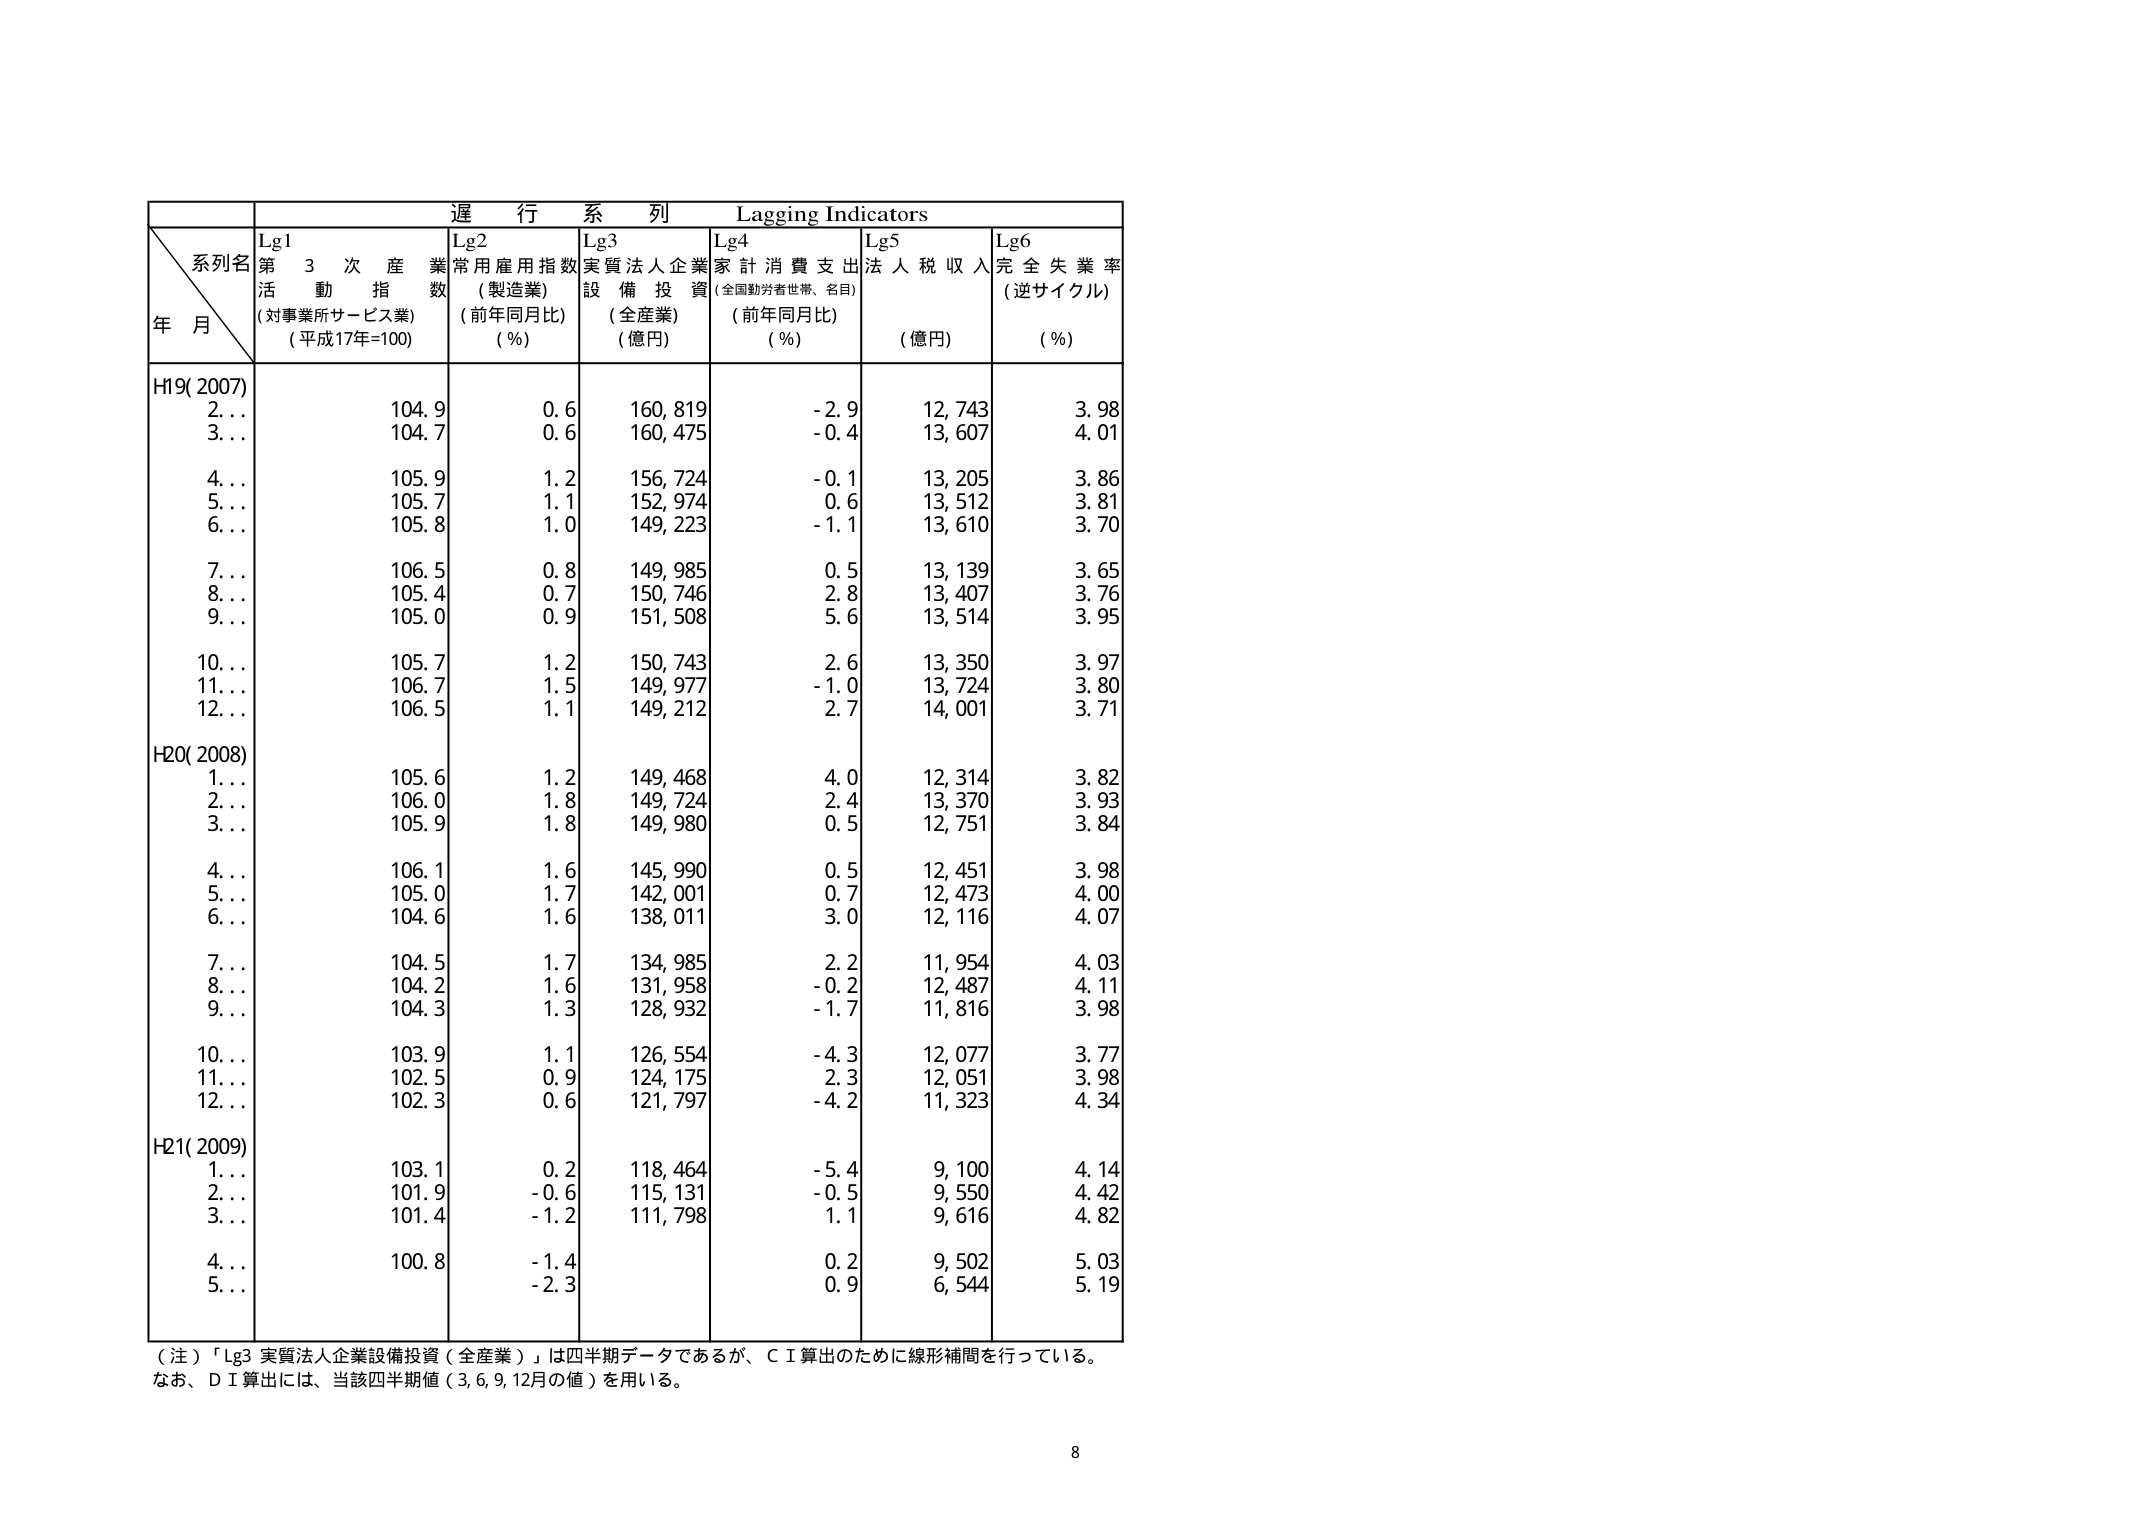
遅行系列 Lagging Indicators
系列名
年月
Lg1 第3次産業活動指数 (対事業所サービス業) (平成17年=100)
Lg2 常用雇用指数 (製造業) (前年同月比) (%)
Lg3 実質法人企業設備投資 (全産業) (億円)
Lg4 家計消費支出 (全国勤労者世帯、名目) (前年同月比) (%)
Lg5 法人税収入 (億円)
Lg6 完全失業率 (逆サイクル) (%)
H19(2007)
2… 104.9 0.6 160,819 -2.9 12,743 3.98
3… 104.7 0.6 160,475 -0.4 13,607 4.01
4… 105.9 1.2 156,724 -0.1 13,205 3.86
5… 105.7 1.1 152,974 0.6 13,512 3.81
6… 105.8 1.0 149,223 -1.1 13,610 3.70
7… 106.5 0.8 149,985 0.5 13,139 3.65
8… 105.4 0.7 150,746 2.8 13,407 3.76
9… 105.0 0.9 151,508 5.6 13,514 3.95
10… 105.7 1.2 150,743 2.6 13,350 3.97
11… 106.7 1.5 149,977 -1.0 13,724 3.80
12… 106.5 1.1 149,212 2.7 14,001 3.71
H20(2008)
1… 105.6 1.2 149,468 4.0 12,314 3.82
2… 106.0 1.8 149,724 2.4 13,370 3.93
3… 105.9 1.8 149,980 0.5 12,751 3.84
4… 106.1 1.6 145,990 0.5 12,451 3.98
5… 105.0 1.7 142,001 0.7 12,473 4.00
6… 104.6 1.6 138,011 3.0 12,116 4.07
7… 104.5 1.7 134,985 2.2 11,954 4.03
8… 104.2 1.6 131,958 -0.2 12,487 4.11
9… 104.3 1.3 128,932 -1.7 11,816 3.98
10… 103.9 1.1 126,554 -4.3 12,077 3.77
11… 102.5 0.9 124,175 2.3 12,051 3.98
12… 102.3 0.6 121,797 -4.2 11,323 4.34
H21(2009)
1… 103.1 0.2 118,464 -5.4 9,100 4.14
2… 101.9 -0.6 115,131 -0.5 9,550 4.42
3… 101.4 -1.2 111,798 1.1 9,616 4.82
4… 100.8 -1.4 0.2 9,502 5.03
5… -2.3 0.9 6,544 5.19
（注）「Lg3 実質法人企業設備投資（全産業）」は四半期データであるが、ＣＩ算出のために線形補間を行っている。なお、ＤＩ算出には、当該四半期値（3,6,9,12月の値）を用いる。
8